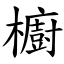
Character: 櫥